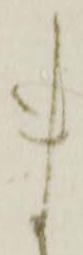
ま